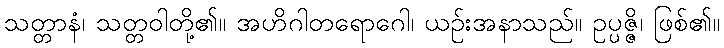
သတ္တာနံ၊ သတ္တဝါတို့၏။ အဟိဂါတရောဂေါ၊ ယဉ်းအနာသည်။ ဥပ္ပဇ္ဇိ၊ ဖြစ်၏။